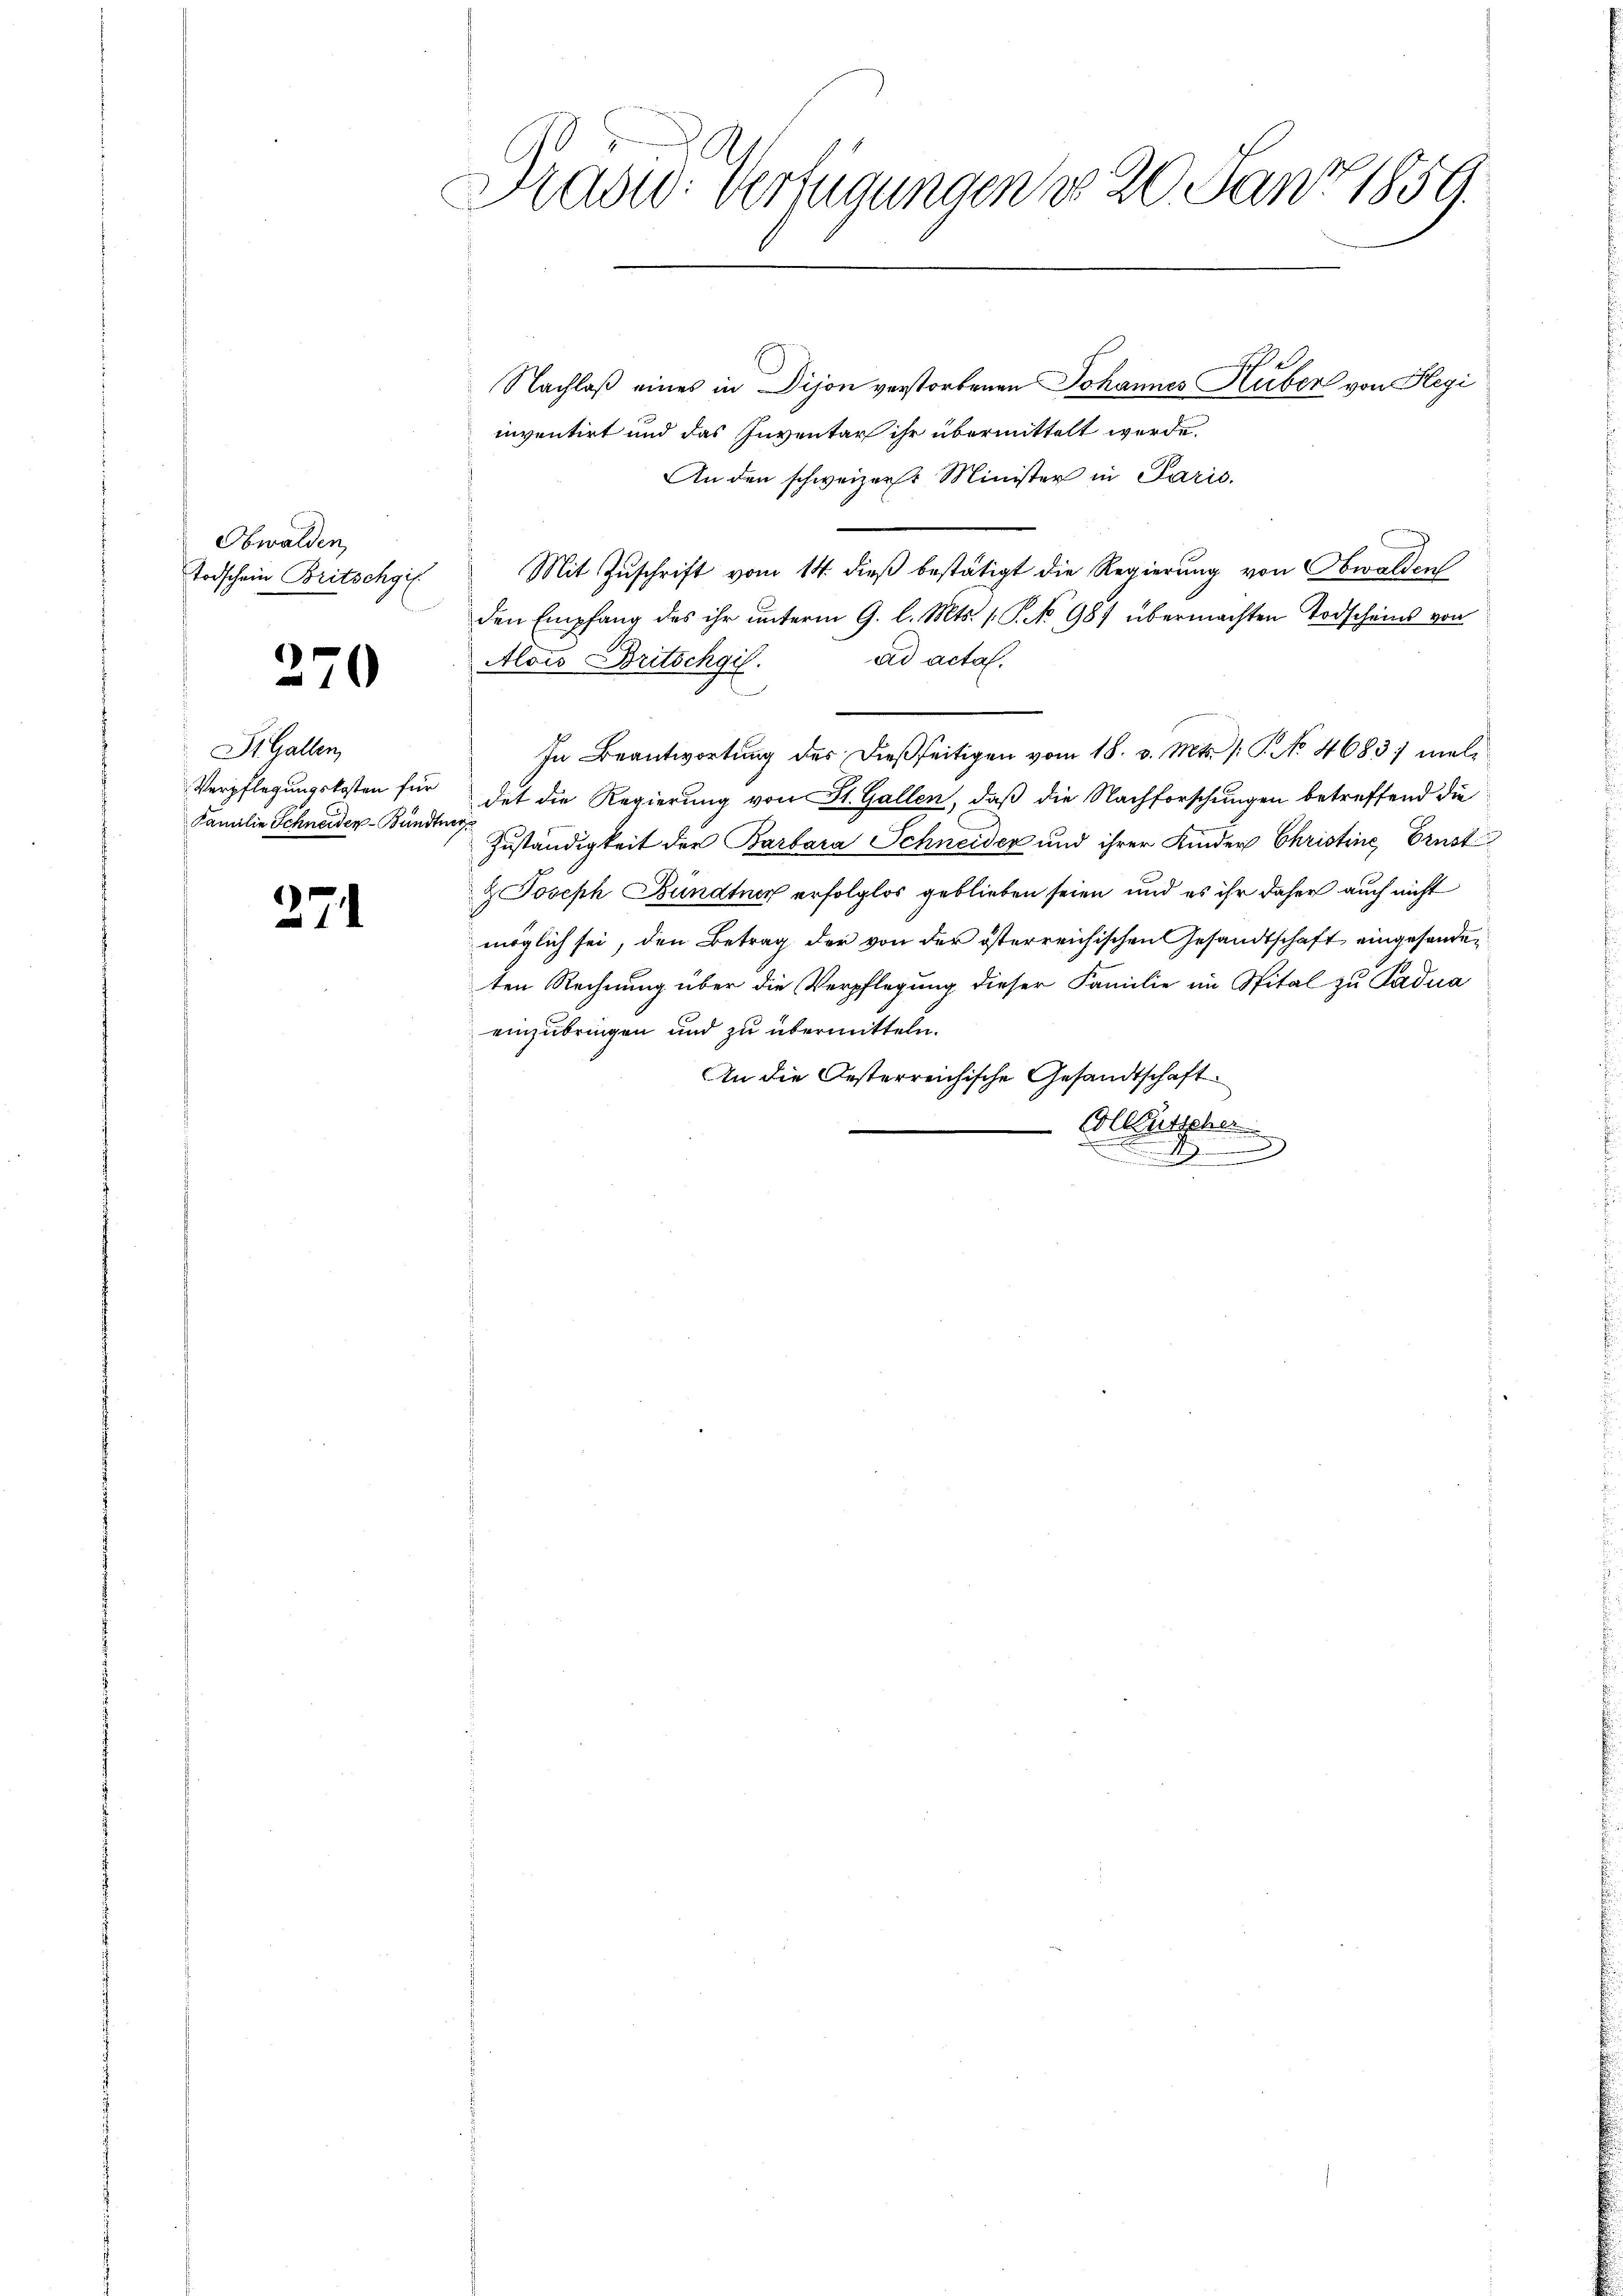
Obwalden
Todschein Britschgi

370

St. Gallen,
Verpflegungskosten für
Familie Schneiden Bündtner

271

Kad: Verfügungen do 20. Janr 1859.

E
Nachlaß eines in Dijon verstorbenen Johannes Huber von Hegi
nnventirt und das Inventar ihr übermittelt werde.
An den schweizer Minister in Paris.
Mit Zuschrift vom 14. dieß bestätigt die Regierung von Obwalden
den Empfang des ihr ŭnterm 9. l. Mts. 1. P. No 987 übermachten Todscheins von
ad acta.
Alois Britschgil
In Beantwortung des dießseitigen vom 18. d. Mts. /: P. No. 4683; meldet die Regierung von St. Gallen, daß die Nachforschungen betreffend die
Zuständigkeit der Barbara Schneider und ihrer Kinder Christine Ernst
& Joseph Bundtner erfolglos geblieben seien und es ihr daher auch nicht
möglich sei, den Betrag der von der österreichischen Gesandtschaft eingesanden
ten Rechnung über die Verpflegung dieser Familie im Spital zu Cadua
einzubringen und zu übermitteln.
An die Oesterreichische Gesandtschaft
-Collentsche
A